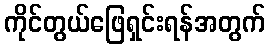
ကိုင်တွယ်ဖြေရှင်းရန်အတွက်